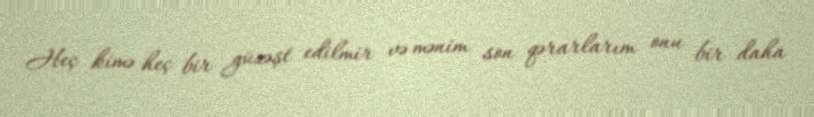
Heç kimə heç bir güzəşt edilmir və mənim son qərarlarım onu bir daha